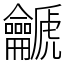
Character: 䶵